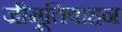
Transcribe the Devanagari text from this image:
जीमूतिवाहन